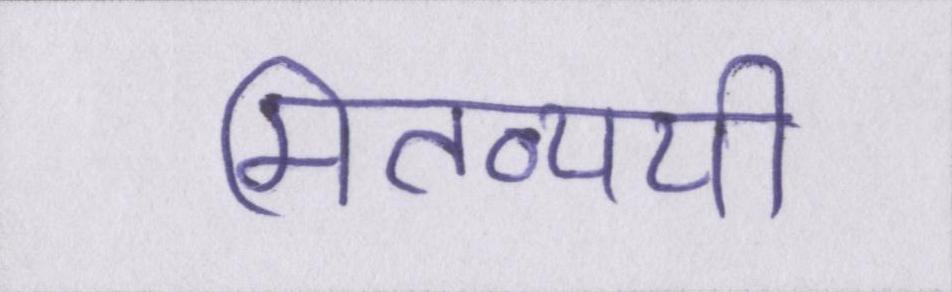
मितव्ययी